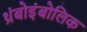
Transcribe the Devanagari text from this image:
थ्रंबोइंबोलिक